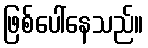
ဖြစ်ပေါ်နေသည်။